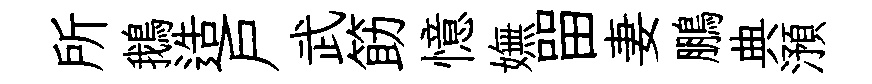
所鵝造戸武筯憶嫵㽞妻鵬典澦